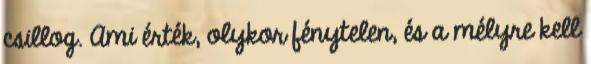
csillog. Ami érték, olykor fénytelen, és a mélyre kell